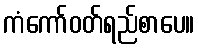
ကံကော်ဝတ်ရည်စာပေ။